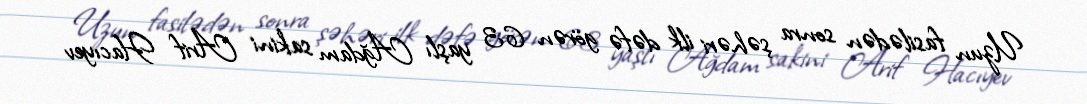
Uzun fasilədən sonra şəhəri ilk dəfə görən 63 yaşlı Ağdam sakini Arif Hacıyev